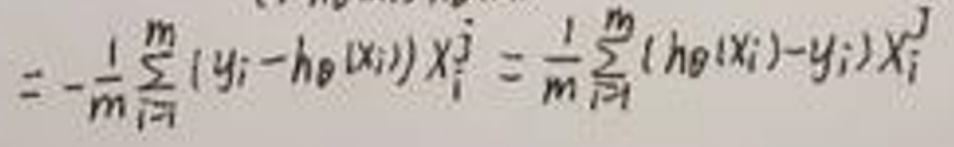
\[=-\frac{1}{m}\sum_{i = 1}^{m}(y_{i}-h_{\theta}(x_{i}))x_{i}^{j}=\frac{1}{m}\sum_{i = 1}^{m}(h_{\theta}(x_{i})-y_{i})x_{i}^{j}\]